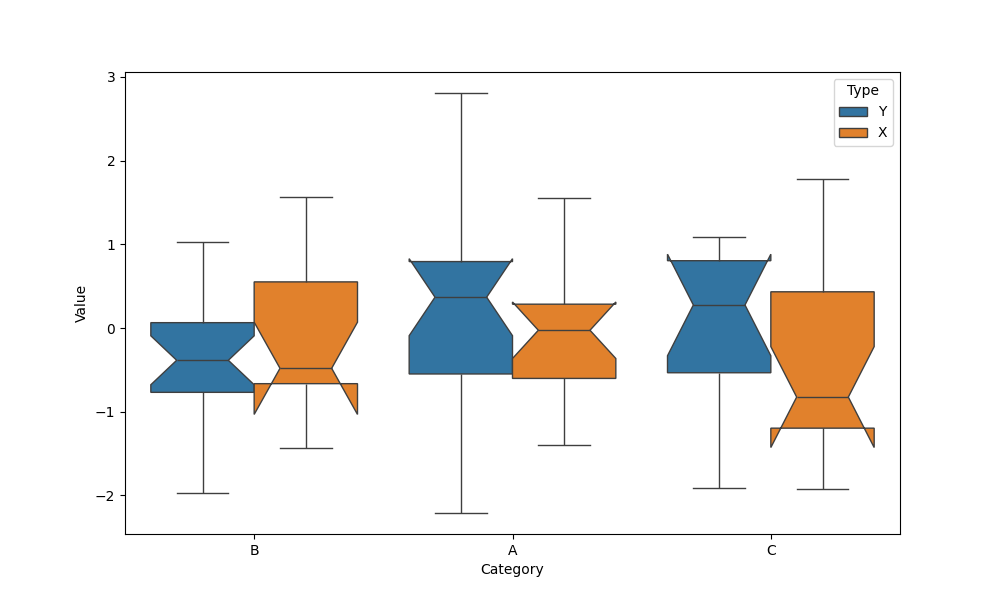
python, seaborn, boxplot, width=0.8, linewidth=1, fliersize=5, notch=True